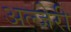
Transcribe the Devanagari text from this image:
अल्जेरी